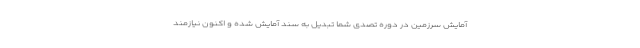
آمایش سرزمین در دوره تصدی شما تبدیل به سند آمایش شده و اکنون نیازمند